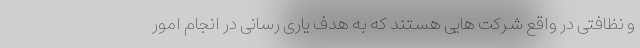
و نظافتی در واقع شرکت هایی هستند که به هدف یاری رسانی در انجام امور